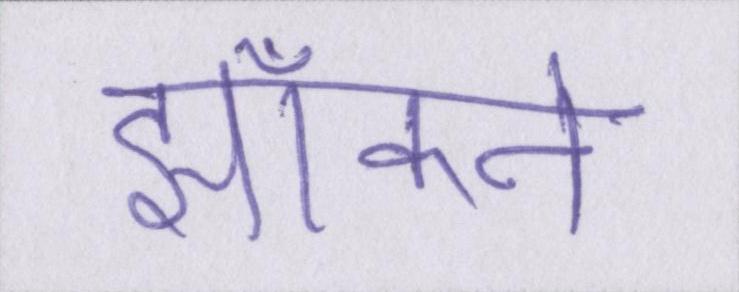
झाँकने